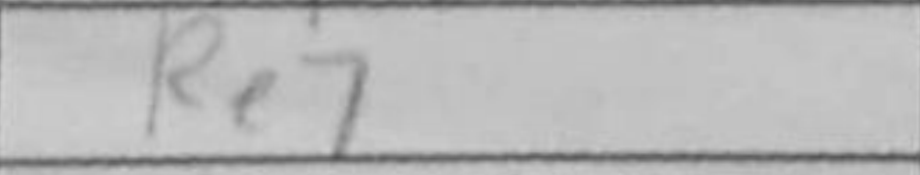
Transcription: Re7